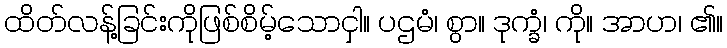
ထိတ်လန့်ခြင်းကိုဖြစ်စိမ့်သောငှါ။ ပဌမံ၊ စွာ။ ဒုက္ခံ၊ ကို။ အာဟ၊ ၏။